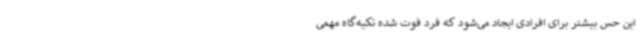
این حس بیشتر برای افرادی ایجاد می‌شود که فرد فوت شده تکیه‌گاه مهمی